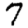
Digit: 7